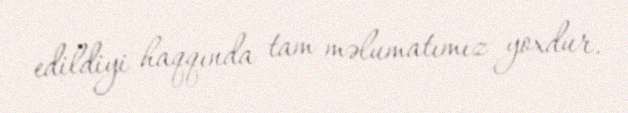
edildiyi haqqında tam məlumatımız yoxdur.